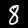
Label: 8